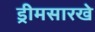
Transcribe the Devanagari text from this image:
ड्रीमसारखे